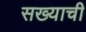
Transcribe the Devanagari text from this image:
सख्याची